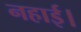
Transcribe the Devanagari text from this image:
नहाई।